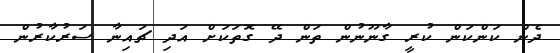
ދެން ކަންކަން ކުރީ ގާނޫނުން ތަން ދޭ ގޮތަކަށް އަދި ޗައިނާ ސަރުކާރުން